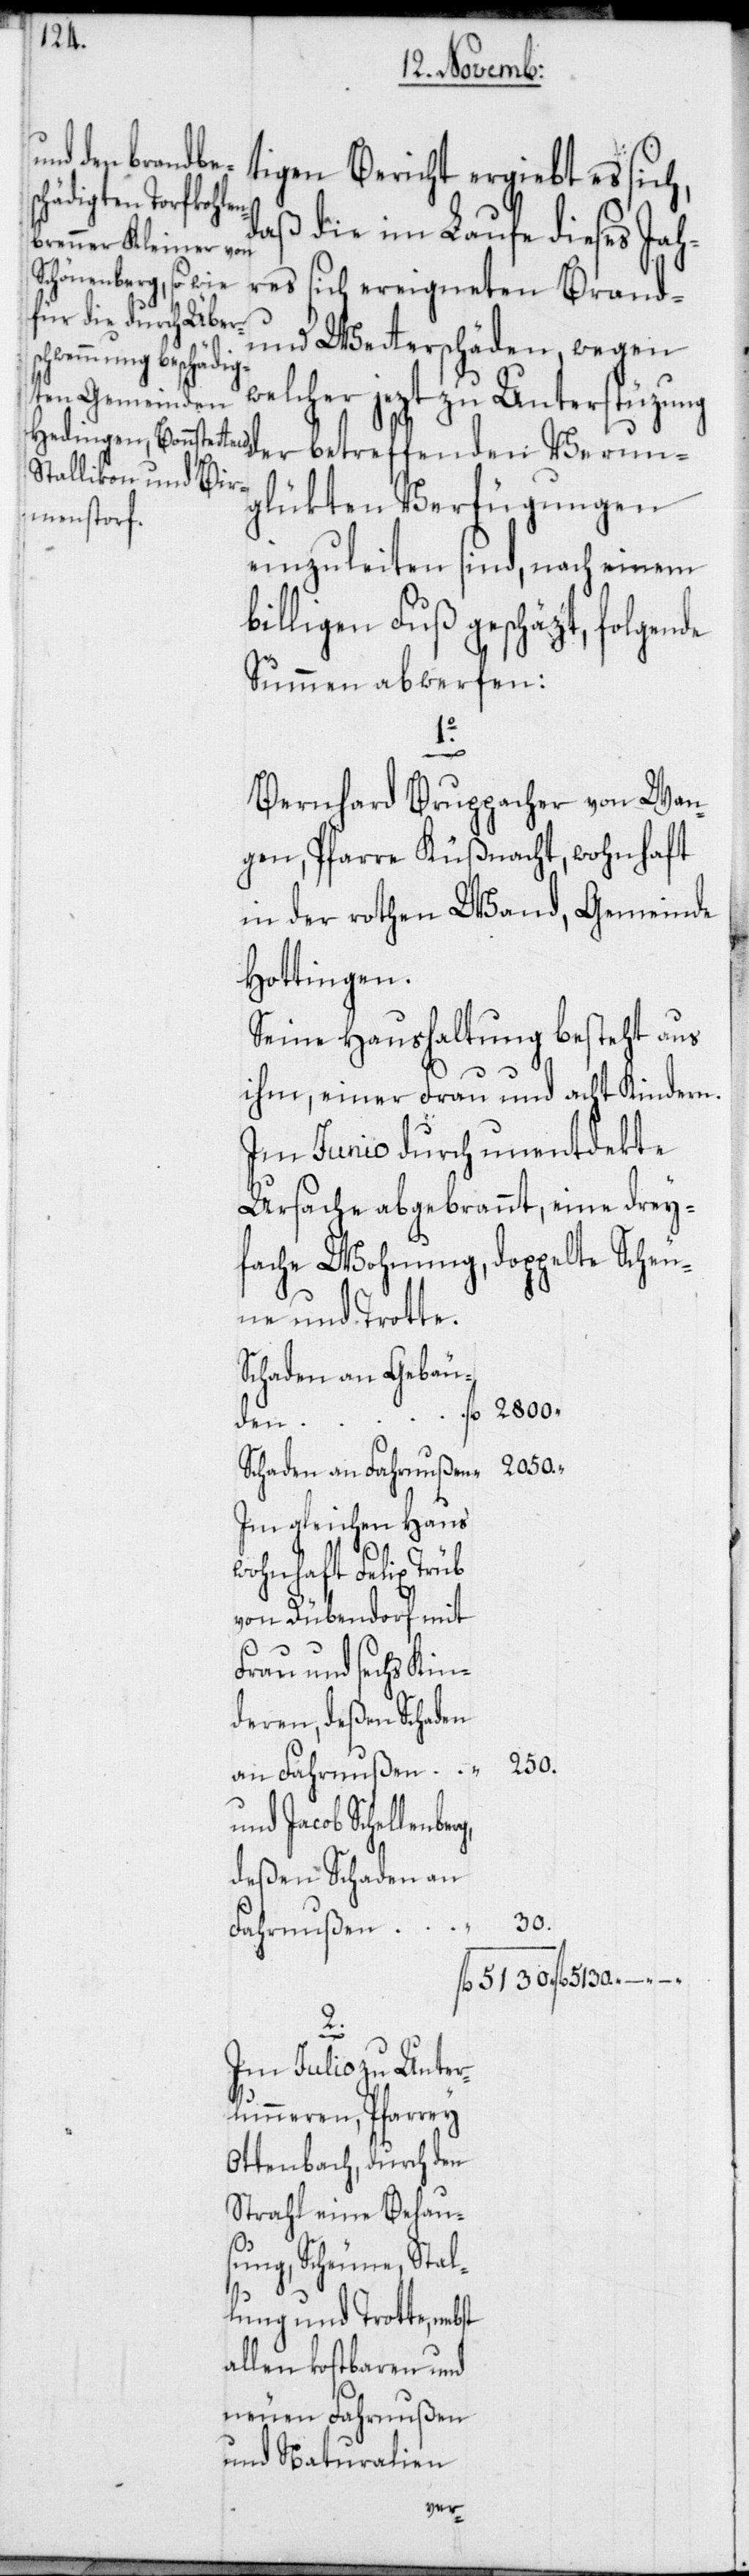
ntdekte
tigen Bericht ergiebt es sich,
daß die im Laufe dieses Jah¬
doppelte Sche¬
res sich ereigneten Brand-
und Wetterschäden, wegen
welcher jezt zu Unterstüzung
glükten Verfügungen
einzuleiten sind, nach einem
billigen Fuß geschäzt, folgen¬
Summen abwerfen:
Bernhard Bruppacher von W¬
gen, Pfarre Küßnacht, wohnhaft
in der rothen Wand, Gem¬
Hottingen.
Seine Haushaltung
ihm, einer Frau
Im Junio durch une¬
Ursache abgebrannt,
fache Wohnung,
une und Trotte.
Schaden an Gebäu¬
den
2050.
Schaden an Fahrnußen
Im gleichen Haus
wohnhaft Felix Trüb
von Dübendorf mit
Frau und sechs Kin¬
deren, deßen Schaden
5130.
an Fahrnußen
d Jacob Schellenbe¬
deßen Schaden an
30.
Fahrnußen
2.
Im Julio zu Unter¬
lunneren, Pfarrey
Ottenbach, durch den
Strahl eine Behau¬
sung, Scheune, Stal¬
lung und Trotte, nebst
allen kostbaren und
neuen Fahrnußen
und Naturalien

–.

–.